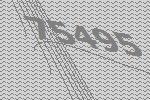
75495